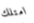
امتلك